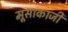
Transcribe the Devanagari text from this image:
मूसाकाजी